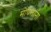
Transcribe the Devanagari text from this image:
मोघलांना